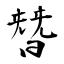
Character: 朁